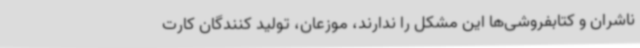
ناشران و کتابفروشی‌ها این مشکل را ندارند، موزعان، تولید کنندگان کارت